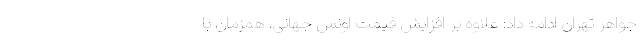
جواهر تهران ادامه داد: علاوه بر افزایش قیمت اونس جهانی، همزمان با